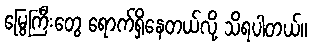
မြွေကြီးတွေ ရောက်ရှိနေတယ်လို့ သိရပါတယ်။